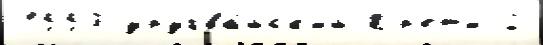
1553 уругва́йск'ий Кр'ет'и 2